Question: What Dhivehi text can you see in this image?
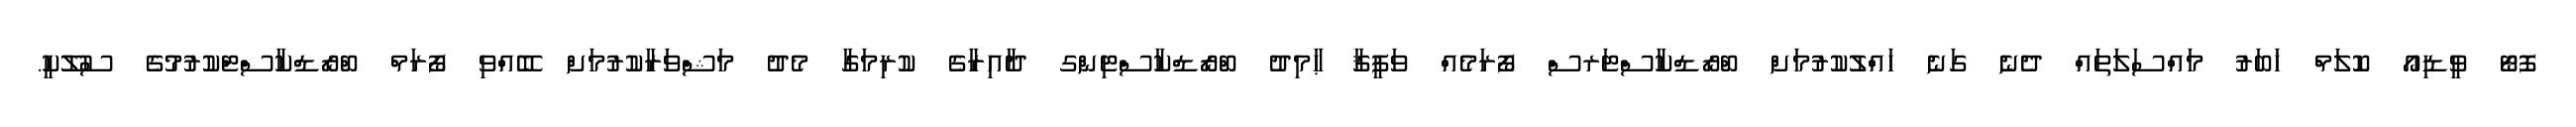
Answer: ފޮޓޯ ވީޑިއޯ ކޮލަމް ޚަބަރު މައްސަލަތައް ދެނެ ގަނެ ހައްލުކުރުމަށް ބްރޯޑްކާސްޓަރސް ފޯރަމެއް ވަފީޤާ ޙާމިދު ބްރޯޑްކާސްޓިންގ ދާއިރާގެ ކުރިމަގާ މެދު މަޝްވަރާކުރުމަށް ބޭއްވި ފޯރަމް ބްރޯޑްކާސްޓްކުރުމުގެ ސުލޫކީ.